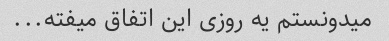
میدونستم یه روزی این اتفاق میفته...